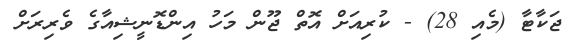
ޖަކާޓާ (މެއި 28) - ކުރިއަށް އޮތް ޖޫން މަހު އިންޑޮނީޝިއާގެ ވެރިރަށް